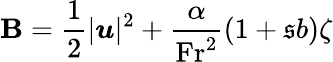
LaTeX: \mathbf{B}=\frac{{1}}{{2}}|\boldsymbol{u}|^{2}+\frac{{\alpha}}{{\mathrm{{Fr}}^{2}}}(1+\mathfrak{{s}}b)\zeta